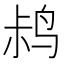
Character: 𫛧